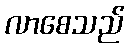
လာစေသည်